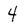
Character: 4